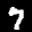
Label: 7